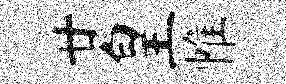
廿皇帷